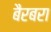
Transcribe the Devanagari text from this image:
बैरबरा